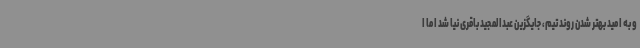
و به امید بهتر شدن روند تیم، جایگزین عبدالمجید باقری نیا شد اما ا